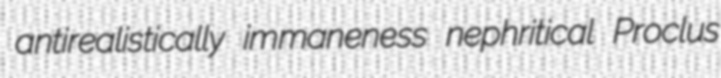
antirealistically immaneness nephritical Proclus